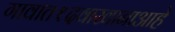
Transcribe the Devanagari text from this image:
गावात१दवाखानाआहे